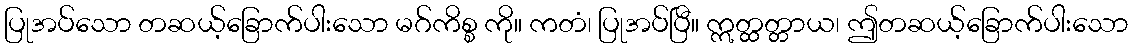
ပြုအပ်သော တဆယ့်ခြောက်ပါးသော မဂ်ကိစ္စ ကို။ ကတံ၊ ပြုအပ်ပြီ။ ဣတ္ထတ္တာယ၊ ဤတဆယ့်ခြောက်ပါးသော